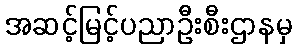
အဆင့်မြင့်ပညာဦးစီးဌာနမှ